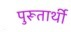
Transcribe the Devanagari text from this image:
पुरूतार्थी